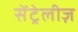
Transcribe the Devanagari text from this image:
सेंट्रेलीज़